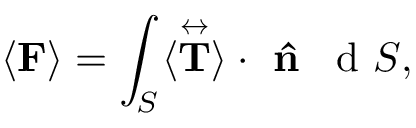
\langle \mathbf { F } \rangle = \int _ { S } ^ { } \langle \overset \leftrightarrow { \mathbf { T } } \rangle \cdot \textbf { \^ n } \, \mathrm { ~ d ~ } S ,